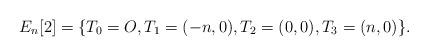
LaTeX: \begin{align*}E_{n}[2]=\{T_{0}=O,T_{1}=(-n,0),T_{2}=(0,0),T_{3}=(n,0)\}.\end{align*}